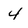
Character: 4